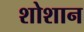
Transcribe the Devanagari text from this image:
शोशान